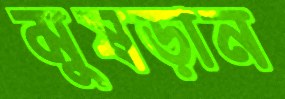
মুষড়ান